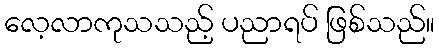
လေ့လာကုသသည့် ပညာရပ် ဖြစ်သည်။